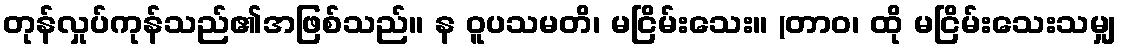
တုန်လှုပ်ကုန်သည်၏အဖြစ်သည်။ န ဝူပသမတိ၊ မငြိမ်းသေး။ (တာဝ၊ ထို မငြိမ်းသေးသမျှ